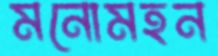
মনোমহন